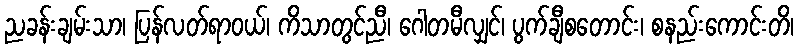
ညခန်းချမ်းသာ၊ ပြန်လတ်ရာဝယ်၊ ကိသာတွင်ညီ၊ ဂေါတမီလျှင်၊ ပွက်ချီစတောင်း၊ စနည်းကောင်းတိ၊